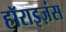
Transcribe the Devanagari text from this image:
हॉराइज़ंस